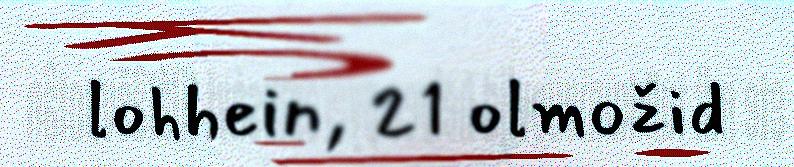
lohhein, 21 olmožid